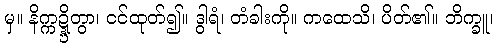
မှ။ နိက္ကဍ္ဍ္ဎိတွာ၊ ငင်ထုတ်၍။ ဒွါရံ၊ တံခါးကို။ ကထေသိ၊ ပိတ်၏။ ဘိက္ခူ၊